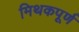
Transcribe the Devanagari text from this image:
मिथकपूर्ण